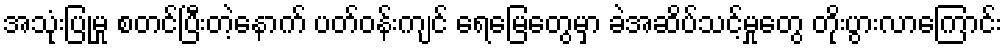
အသုံးပြုမှု စတင်ပြီးတဲ့နောက် ပတ်ဝန်းကျင် ရေမြေတွေမှာ ခဲအဆိပ်သင့်မှုတွေ တိုးပွားလာကြောင်း